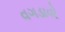
વગડાવો